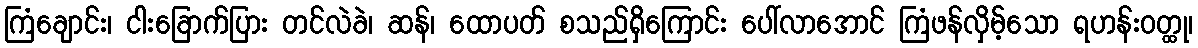
ကြံချောင်း၊ ငါးခြောက်ပြား တင်လဲခဲ၊ ဆန်၊ ထောပတ် စသည်ရှိကြောင်း ပေါ်လာအောင် ကြံဖန်လှိမ့်သော ရဟန်းဝတ္ထု၊